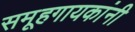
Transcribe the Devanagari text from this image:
समूहगायकांनी